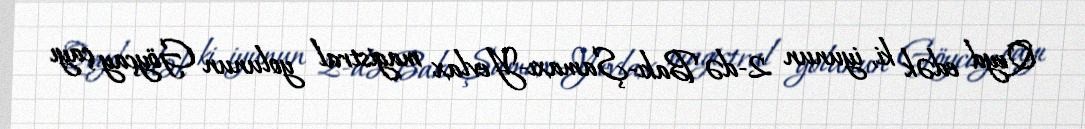
Qeyd edək ki, iyunun 2-də Bakı-Şamaxı-Yevlax magistral yolunun Göyçay çayı